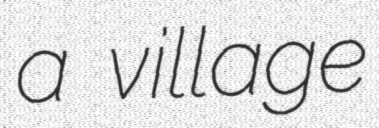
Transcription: a village